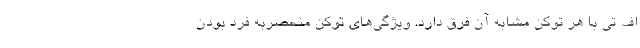
اف تی با هر توکن مشابه آن فرق دارد. ویژگی‌های توکن منحصربه فرد بودن